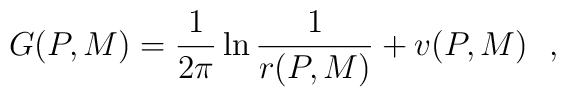
G(P,M)={1\over 2\pi}\ln {1\over r(P,M)}+v(P,M)~~,